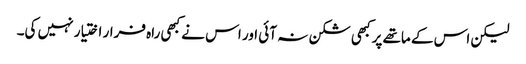
لیکن اس کے ماتھے پر کبھی شکن نہ آئی اور اس نے کبھی راہ فرار اختیار نہیں کی۔